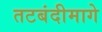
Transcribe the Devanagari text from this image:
तटबंदीमागे